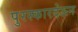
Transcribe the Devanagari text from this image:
पुरस्कारदेऊन